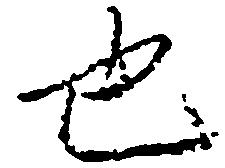
也